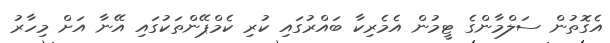
އެގޮތުން ސަލްމާންގެ ޓީމުން އެމެރިކާ ބައްރުގައި ކުރި ކެމްޕޭންތަކުގައި އޭނާ އަށް މިހާރު